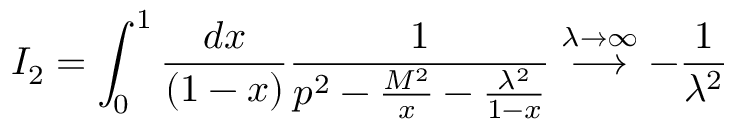
I _ { 2 } = \int _ { 0 } ^ { 1 } \frac { d x } { ( 1 - x ) } \frac { 1 } { p ^ { 2 } - \frac { M ^ { 2 } } { x } - \frac { \lambda ^ { 2 } } { 1 - x } } \stackrel { \lambda \rightarrow \infty } { \longrightarrow } - \frac { 1 } { \lambda ^ { 2 } }